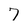
Character: 7